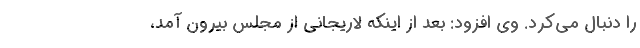
را دنبال می‌کرد. وی افزود: بعد از اینکه لاریجانی از مجلس بیرون آمد،